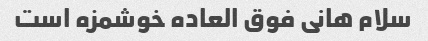
سلام هانی فوق العاده خوشمزه است